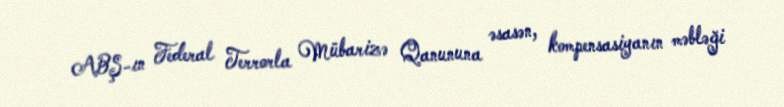
ABŞ-ın Federal Terrorla Mübarizə Qanununa əsasən, kompensasiyanın məbləği